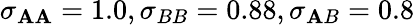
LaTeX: \sigma_{\mathbf{A}\mathbf{A}}=1.0,\sigma_{BB}=0.88,\sigma_{\mathbf{A}B}=0.8